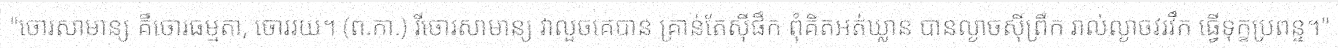
"ចោរសាមាន្យ គឺចោរធម្មតា, ចោររយ។ (ព.កា.) រីចោរសាមាន្យ វាលួចគេបាន គ្រាន់តែស៊ីផឹក ពុំគិតអត់ឃ្លាន បានល្ងាចស៊ីព្រឹក រាល់ល្ងាចវរវឹក ធ្វើទុក្ខប្រពន្ទ។"